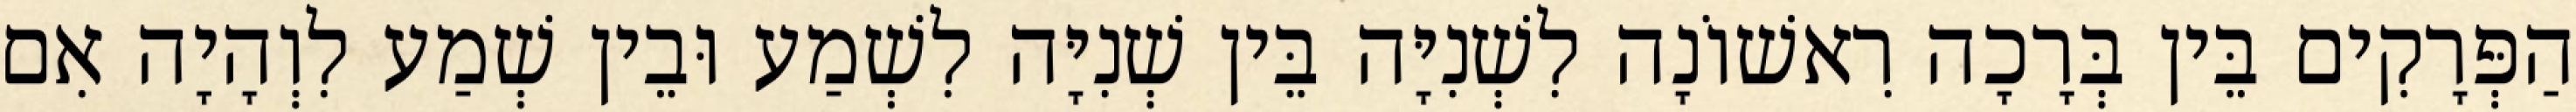
הַפְּרָקִים בֵּין בְּרָכָה רִאשׁוֹנָה לִשְׁנִיָּה בֵּין שְׁנִיָּה לִשְׁמַע וּבֵין שְׁמַע לִוְהָיָה אִם